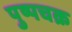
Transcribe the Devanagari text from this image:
पुष्पचक्र